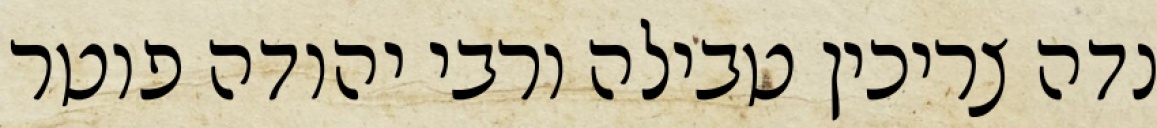
נדה צריכין טבילה ורבי יהודה פוטר